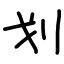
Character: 划